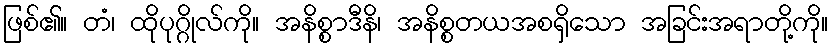
ဖြစ်၏။ တံ၊ ထိုပုဂ္ဂိုလ်ကို။ အနိစ္စာဒီနိ၊ အနိစ္စတယအစရှိသော အခြင်းအရာတို့ကို။